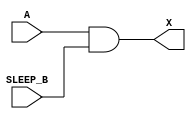
module sky130_fd_sc_lp__iso0n (
    X      ,
    A      ,
    SLEEP_B
);

    // Module ports
    output X      ;
    input  A      ;
    input  SLEEP_B;

    // Module supplies
    supply1 VPWR ;
    supply0 KAGND;
    supply1 VPB  ;
    supply0 VNB  ;

    //  Name  Output  Other arguments
    and and0 (X     , A, SLEEP_B     );

endmodule